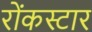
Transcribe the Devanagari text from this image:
रोंकस्टार